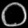
Digit: ၀